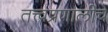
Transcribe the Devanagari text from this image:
तत्त्वप्रणालीचे